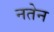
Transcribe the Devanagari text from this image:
नतेन